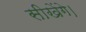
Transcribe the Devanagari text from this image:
सीखेंगे।